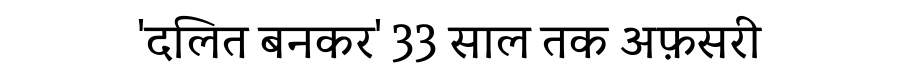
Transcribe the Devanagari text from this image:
'दलित बनकर' 33 साल तक अफ़सरी